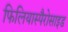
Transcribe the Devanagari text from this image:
फिलियास्पैरोसाइड